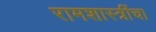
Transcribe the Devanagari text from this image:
रामशास्त्रींचा